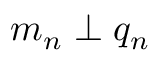
m _ { n } \perp q _ { n }